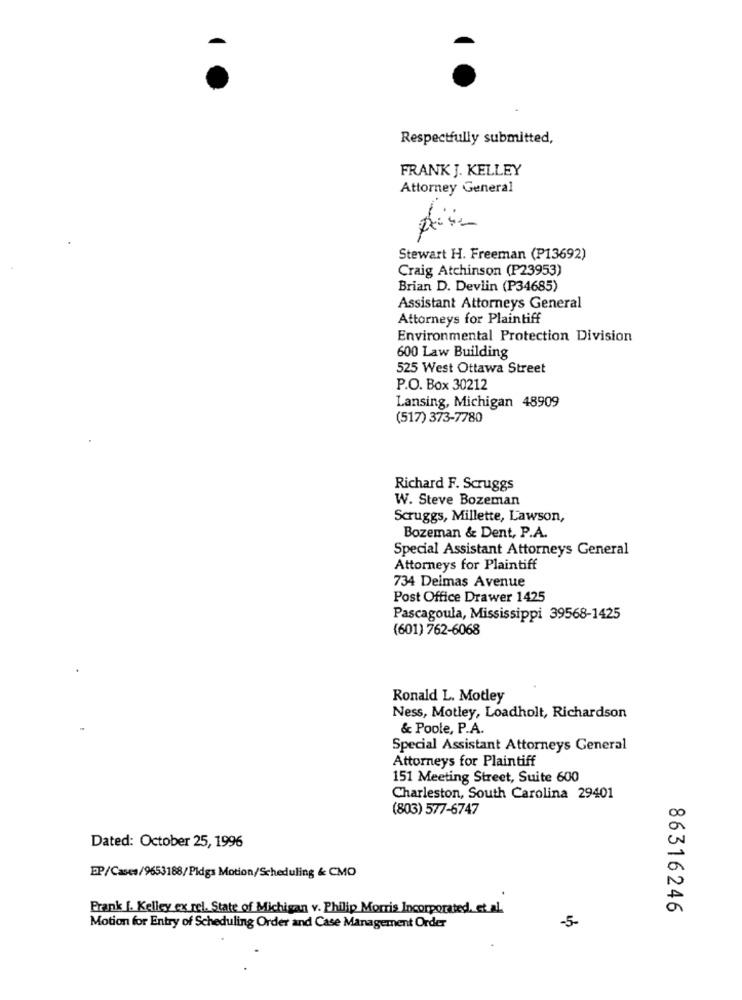
Respectfully submitted,
FRANK J. KELLEY
Attorney General
Stewart H. Freeman (P13692)
Craig Atchinson (P23953)
Brian D. Devlin (P34685)
Assistant Attorneys General
Attorneys for Plaintiff
Environmental Protection Division
600 Law Building
525 West Ottawa Street
P.O. Box 30212
Lansing, Michigan 48909
(517) 373-7780
Richard F. Scruggs
W. Steve Bozeman
Scruggs, Millette, Lawson,
Bozeman & Dent, P.A.
Special Assistant Attorneys General
Attorneys for Plaintiff
734 Delmas Avenue
Post Office Drawer 1425
Pascagoula, Mississippi 39568-1425
(601) 762-6068
Ronald L. Motley
Ness, Motley, Loadholt, Richardson
& Poole, P.A.
Special Assistant Attorneys General
Attorneys for Plaintiff
151 Meeting Street, Suite 600
Charleston, South Carolina 29401
(803) 577-6747
Dated: October 25, 1996
EP/Cases/9653188/Pidgs Motion/Scheduling & CMO
Prank [. Kelley ex rel. State of Michigan v. Philip Morris Incorporated, et al.
86316246
-5-
Motion for Entry of Scheduling Order and Case Management Order